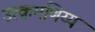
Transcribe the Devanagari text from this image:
उत्क्रमणिय्य